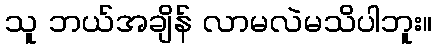
သူ ဘယ်အချိန် လာမလဲမသိပါဘူး။